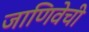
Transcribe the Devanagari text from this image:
जाणिवेची